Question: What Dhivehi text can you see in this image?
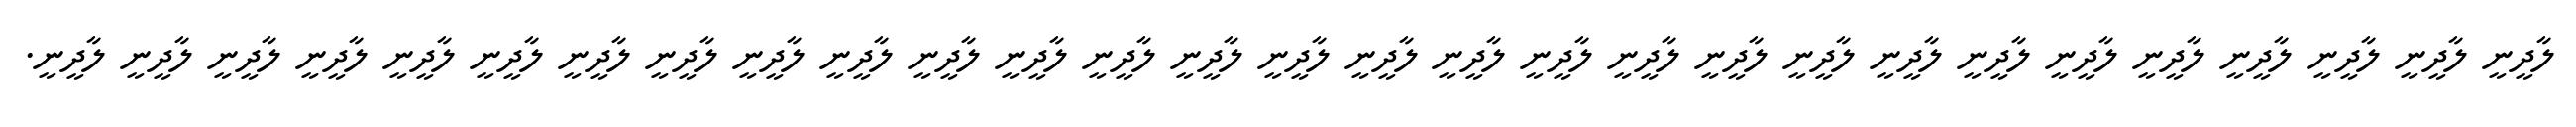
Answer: ލާދީނީ ލާދީނީ ލާދީނީ ލާދީނީ ލާދީނީ ލާދީނީ ލާދީނީ ލާދީނީ ލާދީނީ ލާދީނީ ލާދީނީ ލާދީނީ ލާދީނީ ލާދީނީ ލާދީނީ ލާދީނީ ލާދީނީ ލާދީނީ ލާދީނީ ލާދީނީ ލާދީނީ ލާދީނީ ލާދީނީ ލާދީނީ ލާދީނީ ލާދީނީ ލާދީނީ ލާދީނީ ލާދީނީ.